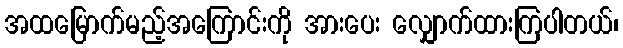
အထမြောက်မည့်အကြောင်းကို အားပေး လျှောက်ထားကြပါတယ်၊